Report of the Indian Hemp Drugs Commission, 1894-1895 - Volume III
Year: 1894
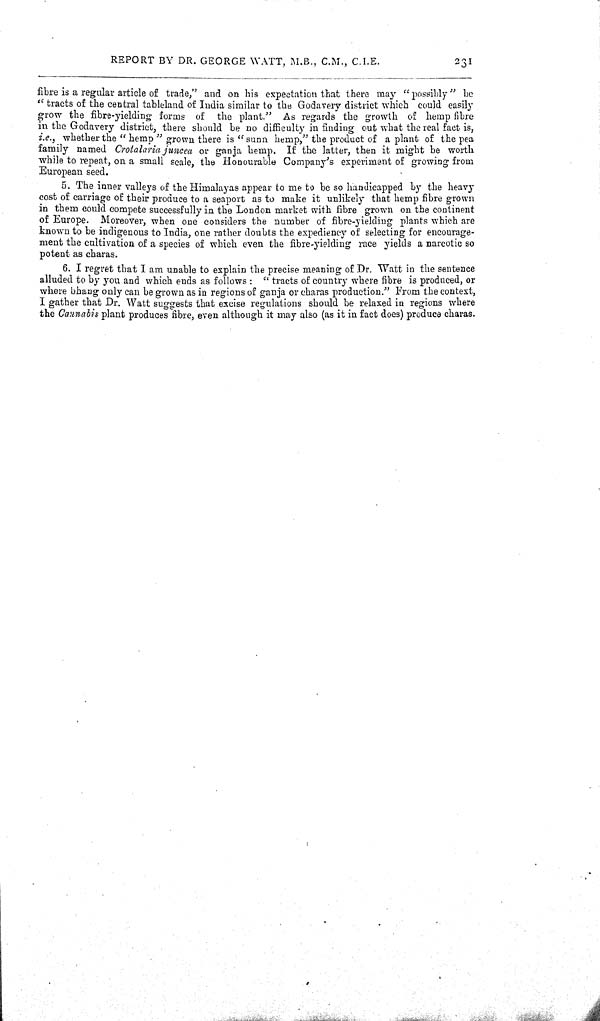
REPORT BY DR. GEORGE WATT, M.B., C.M., C.I.E.
231
fibre is a regular article of trade," and on his expectation that there may " possibly" be
" tracts of the central tableland of India similar to the Godavery district which could easily
grow the fibre-yielding forms of the plant." As regards the growth of hemp fibre
in the Godavery district, there should be no difficulty in finding out what the real fact is,
i.e., whether the " hemp" grown there is "sunn hemp," the product of a plant of the pea
family named Crotalaria juncea or ganja hemp. If the latter, then it might be worth
while to repeat, on a small scale, the Honourable Company's experiment of growing from
European seed.
5. The inner valleys of the Himalayas appear to me to be so handicapped by the heavy
cost of carriage of their produce to a seaport as to make it unlikely that hemp fibre grown
in them could compete successfully in the London market with fibre grown on the continent
of Europe. Moreover, when one considers the number of fibre-yielding plants which are
known to be indigenous to India, one rather doubts the expediency of selecting for encourage-
ment the cultivation of a species of which even the fibre-yielding race yields a narcotic so
potent as charas.
6. I regret that I am unable to explain the precise meaning of Dr. Watt in the sentence
alluded to by you and which ends as follows: " tracts of country where fibre is produced, or
where bhang only can be grown as in regions of ganja or charas production." From the context,
I gather that Dr. Watt suggests that excise regulations should be relaxed in regions where
the Cannabis plant produces fibre, even although it may also (as it in fact does) produce charas.